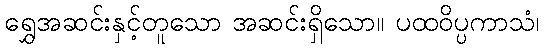
ရွှေအဆင်းနှင့်တူသော အဆင်းရှိသော။ ပထဝိပ္ပကာသံ၊